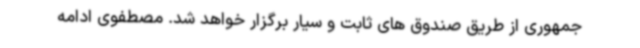
جمهوری از طریق صندوق های ثابت و سیار برگزار خواهد شد. مصطفوی ادامه